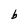
Character: b